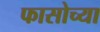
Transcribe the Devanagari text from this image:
फासोच्या